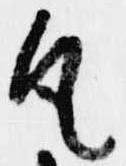
凡